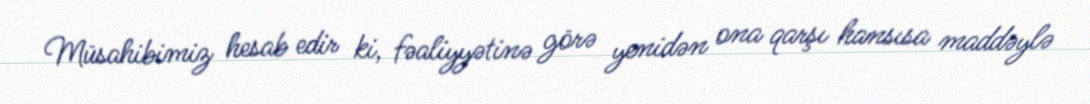
Müsahibimiz hesab edir ki, fəaliyyətinə görə yenidən ona qarşı hansısa maddəylə